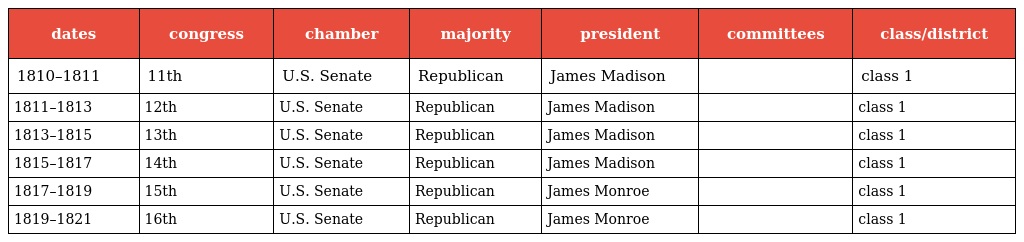
| dates | congress | chamber | majority | president | committees | class/district |
 | --- | --- | --- | --- | --- | --- | --- |
 | 1810–1811 | 11th | U.S. Senate | Republican | James Madison |  | class 1 |
 | 1811–1813 | 12th | U.S. Senate | Republican | James Madison |  | class 1 |
 | 1813–1815 | 13th | U.S. Senate | Republican | James Madison |  | class 1 |
 | 1815–1817 | 14th | U.S. Senate | Republican | James Madison |  | class 1 |
 | 1817–1819 | 15th | U.S. Senate | Republican | James Monroe |  | class 1 |
 | 1819–1821 | 16th | U.S. Senate | Republican | James Monroe |  | class 1 |